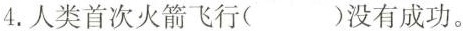
4.人类首次火箭飞行( )没有成功。